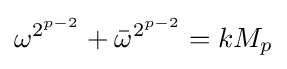
\omega ^{2^{p-2}}+{\bar {\omega }}^{2^{p-2}}=kM_{p}